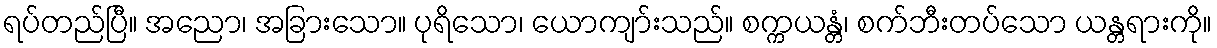
ရပ်တည်ပြီ။ အညော၊ အခြားသော။ ပုရိသော၊ ယောကျာ်းသည်။ စက္ကယန္တံ၊ စက်ဘီးတပ်သော ယန္တရားကို။